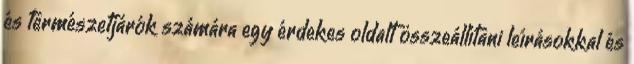
és természetjárók számára egy érdekes oldalt összeállítani leírásokkal és